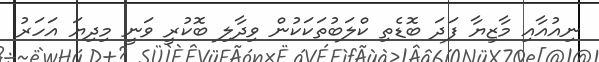
ނިއުއާއި މާޒިޔާ ފަދަ ބޮޑެތި ކްލަބުތަކަކުން ވިދާލި ބޮކުރީ ވަނީ މިދިޔަ އަހަރު